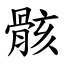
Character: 骸